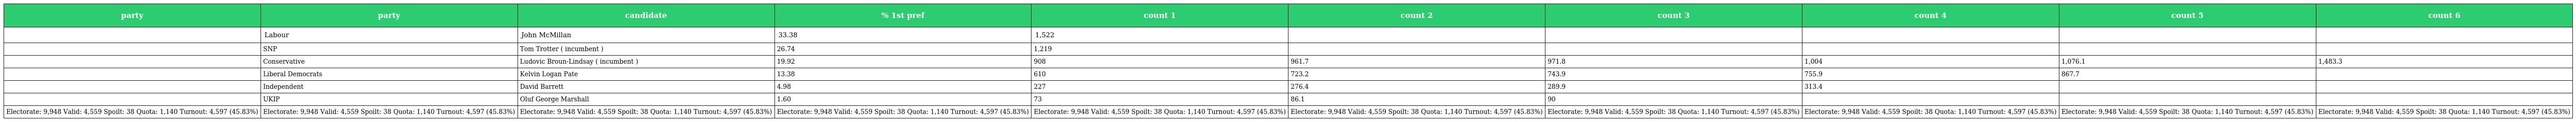
| party | party | candidate | % 1st pref | count 1 | count 2 | count 3 | count 4 | count 5 | count 6 |
 | --- | --- | --- | --- | --- | --- | --- | --- | --- | --- |
 |  | Labour | John McMillan | 33.38 | 1,522 |  |  |  |  |  |
 |  | SNP | Tom Trotter ( incumbent ) | 26.74 | 1,219 |  |  |  |  |  |
 |  | Conservative | Ludovic Broun-Lindsay ( incumbent ) | 19.92 | 908 | 961.7 | 971.8 | 1,004 | 1,076.1 | 1,483.3 |
 |  | Liberal Democrats | Kelvin Logan Pate | 13.38 | 610 | 723.2 | 743.9 | 755.9 | 867.7 |  |
 |  | Independent | David Barrett | 4.98 | 227 | 276.4 | 289.9 | 313.4 |  |  |
 |  | UKIP | Oluf George Marshall | 1.60 | 73 | 86.1 | 90 |  |  |  |
 | Electorate: 9,948 Valid: 4,559 Spoilt: 38 Quota: 1,140 Turnout: 4,597 (45.83%) | Electorate: 9,948 Valid: 4,559 Spoilt: 38 Quota: 1,140 Turnout: 4,597 (45.83%) | Electorate: 9,948 Valid: 4,559 Spoilt: 38 Quota: 1,140 Turnout: 4,597 (45.83%) | Electorate: 9,948 Valid: 4,559 Spoilt: 38 Quota: 1,140 Turnout: 4,597 (45.83%) | Electorate: 9,948 Valid: 4,559 Spoilt: 38 Quota: 1,140 Turnout: 4,597 (45.83%) | Electorate: 9,948 Valid: 4,559 Spoilt: 38 Quota: 1,140 Turnout: 4,597 (45.83%) | Electorate: 9,948 Valid: 4,559 Spoilt: 38 Quota: 1,140 Turnout: 4,597 (45.83%) | Electorate: 9,948 Valid: 4,559 Spoilt: 38 Quota: 1,140 Turnout: 4,597 (45.83%) | Electorate: 9,948 Valid: 4,559 Spoilt: 38 Quota: 1,140 Turnout: 4,597 (45.83%) | Electorate: 9,948 Valid: 4,559 Spoilt: 38 Quota: 1,140 Turnout: 4,597 (45.83%) |